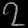
Digit: ၇